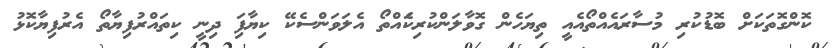
ކޮންގޮތަަކަށް ބޮޑުކުރި މުސާރައެއްތޯއެއީ ތިޔަހެން ގޮވާލަންކުރިކަެއްތޯ އެލަވަންސެކޭ ކިޔާފަި ދިނީ ކިތައްރުފިޔާތޯ އެރުފިޔާކޮޅު